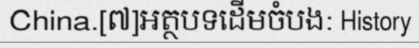
China.[៧]អត្ថបទដើមចំបង: History